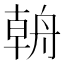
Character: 𰰎